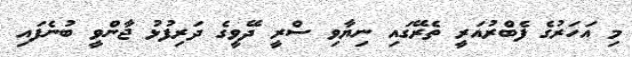
މި އަހަރުގެ ފެބްރުއަރީ ތެރޭގައި ނިޔާވި ސްރީ ދޭވީގެ ދަރިފުޅު ޖާންވީ ބުނެފައި